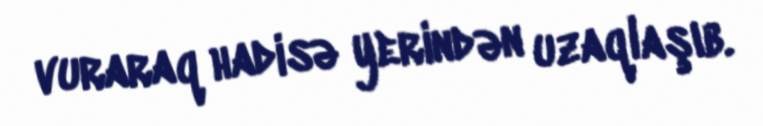
vuraraq hadisə yerindən uzaqlaşıb.